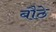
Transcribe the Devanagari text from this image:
बौठे